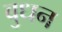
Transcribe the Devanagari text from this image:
बुधन